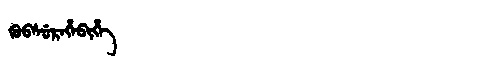
Manchu: ᡴᡠᠪᠰᡠᡵᡝᡥᡝᠪᡳᡥᡝ
Romanization: KUBSUREHEBIHE